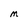
Character: M